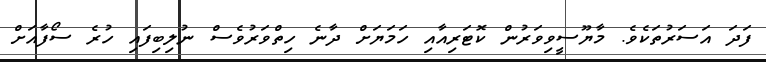
ފަދަ އަސަރުތަކެވެ. މާޔޫސީވިވަރުން ކޮޓަރިއާއި ހަމަޔަށް ދާނެ ހިތްވަރުވެސް ނުލިބިފައި ހުރެ ސޯފާއަށް